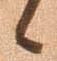
候